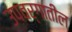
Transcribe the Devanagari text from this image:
उपवर्गातील